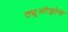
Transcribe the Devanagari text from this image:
ट्युओफ्लोस